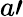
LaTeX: a\prime